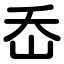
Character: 岙